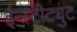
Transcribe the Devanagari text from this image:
ईन्स्टीट्युट